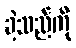
ခဲ့သည်ကို